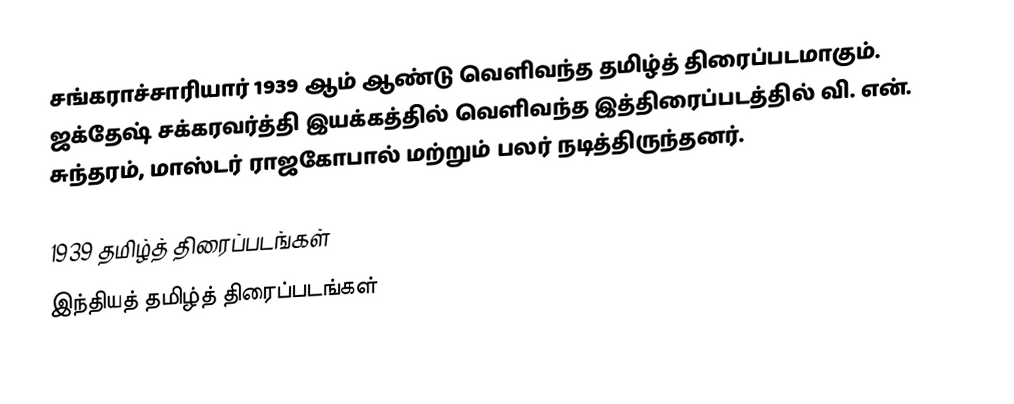
சங்கராச்சாரியார் 1939 ஆம் ஆண்டு வெளிவந்த தமிழ்த் திரைப்படமாகும். ஜக்தேஷ் சக்கரவர்த்தி இயக்கத்தில் வெளிவந்த இத்திரைப்படத்தில் வி. என். சுந்தரம், மாஸ்டர் ராஜகோபால் மற்றும் பலர் நடித்திருந்தனர்.

1939 தமிழ்த் திரைப்படங்கள்
இந்தியத் தமிழ்த் திரைப்படங்கள்